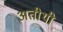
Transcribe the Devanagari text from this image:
अतीथी